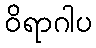
ဝိရာဂါပ